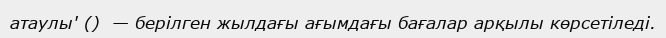
атаулы' ()  — берілген жылдағы ағымдағы бағалар арқылы көрсетіледі.